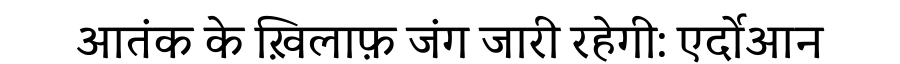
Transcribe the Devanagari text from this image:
आतंक के ख़िलाफ़ जंग जारी रहेगी: एर्दोआन